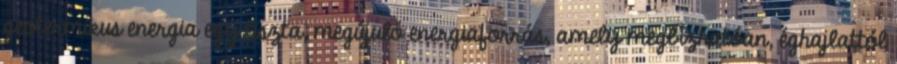
geotermikus energia egy tiszta, megújuló energiaforrás, amely megbízhatóan, éghajlattól